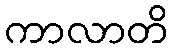
ကာလာတိ